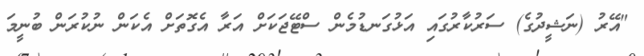
"އޭރު (ނަޝީދުގެ) ސަރުކާރުގައި އަޅުގަނޑުމެން ސްޓޭޖަކަށް އަރާ އެގޮތަށް އެކަން ނުކުރަން ބުނީމަ